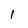
Character: I